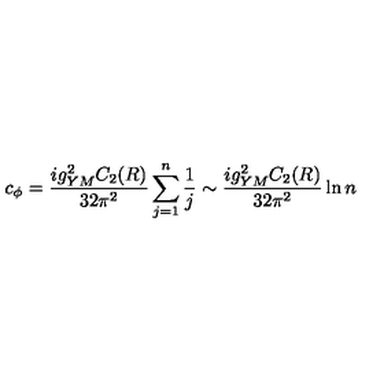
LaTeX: c _ { \phi } = { \frac { i g _ { Y M } ^ { 2 } C _ { 2 } ( R ) } { 3 2 \pi ^ { 2 } } } \sum _ { j = 1 } ^ { n } { \frac { 1 } { j } } \sim { \frac { i g _ { Y M } ^ { 2 } C _ { 2 } ( R ) } { 3 2 \pi ^ { 2 } } } \ln n